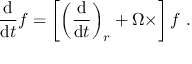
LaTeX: { \frac { \mathrm { d } } { \mathrm { d } t } } { \boldsymbol { f } } = \left[ \left( { \frac { \mathrm { d } } { \mathrm { d } t } } \right) _ { r } + { \boldsymbol { \Omega \times } } \right] { \boldsymbol { f } } \ .